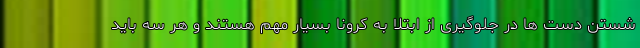
شستن دست ها در جلوگیری از ابتلا به کرونا بسیار مهم هستند و هر سه باید